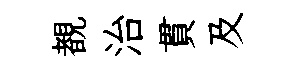
覩治貫及